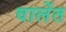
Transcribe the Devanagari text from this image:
वालेंत